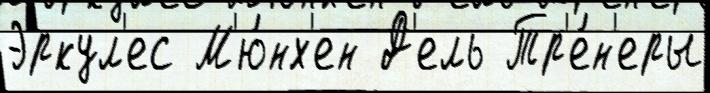
Эркул'ес М'ю́нх'ен Д'ель Тр'е́н'еры